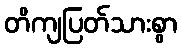
တိကျပြတ်သားစွာ